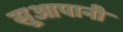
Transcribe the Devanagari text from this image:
सूआपानी